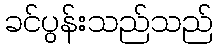
ခင်ပွန်းသည်သည်